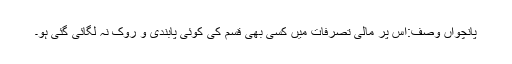
پانچواں وصف:اُس پر مالی تصرّفات میں کسی بھی قسم کی کوئی پابندی و روک نہ لگائی گئی ہو۔